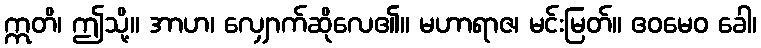
ဣတိ၊ ဤသို့။ အာဟ၊ လျှောက်ဆိုလေ၏။ မဟာရာဇ၊ မင်းမြတ်။ ဧဝမေဝ ခေါ၊